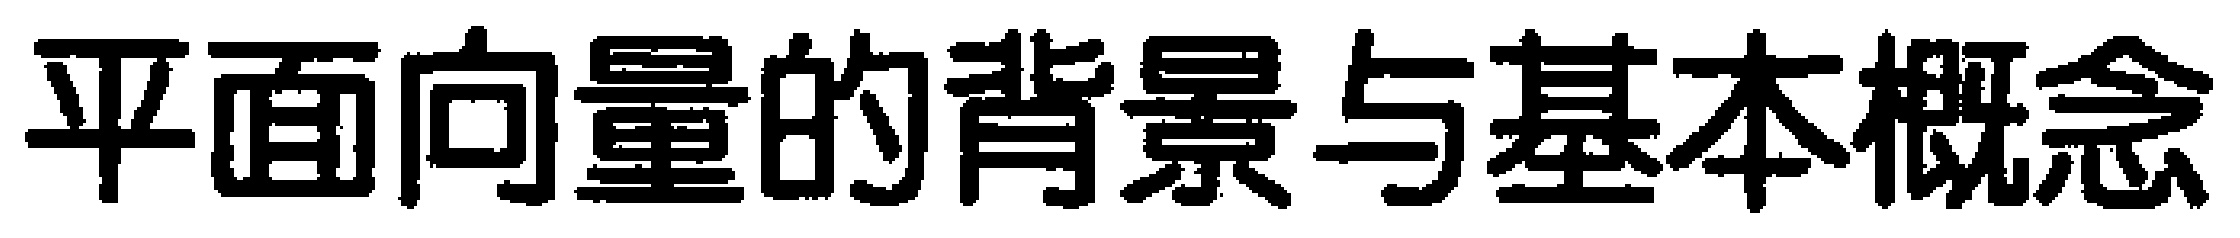
平面向量的背景与基本概念